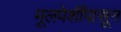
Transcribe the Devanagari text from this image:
मूलपेशींपासून